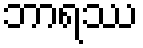
ဘာရဿ